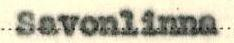
Savonlinna